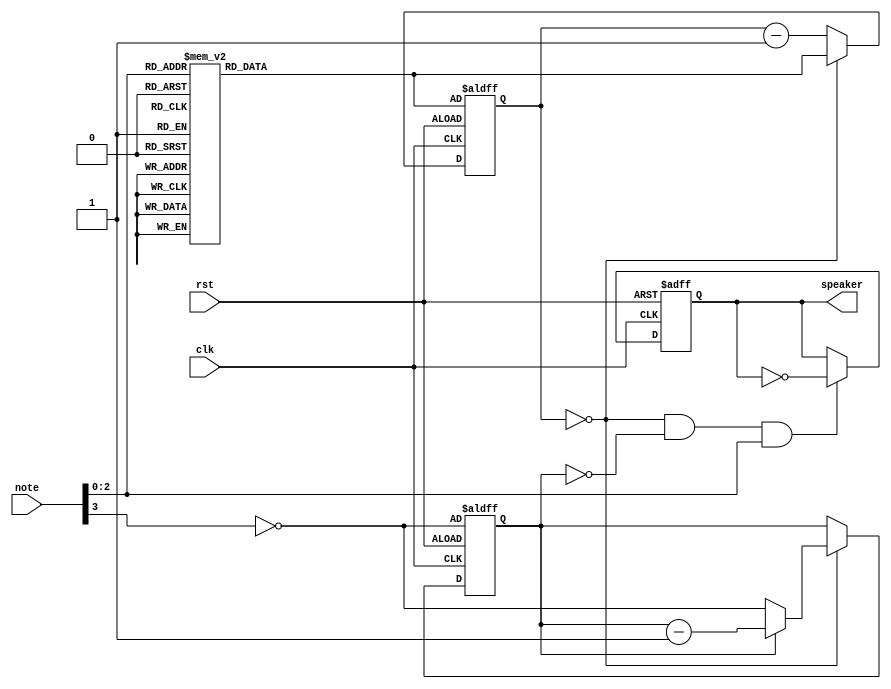
module music(
    input           clk,
                    rst,
    input   [3:0]   note,
    output  reg     speaker
);
    reg         cnt_oct;
    reg [11:0]  cnt_note,
                clkdivider;

    always @(posedge clk or posedge rst)
        if (rst) begin
            cnt_note    <= clkdivider;
            cnt_oct     <= ~note[3];
            speaker <= 1'b0;
        end else begin
            cnt_note    <= cnt_note == 10'd0    ? clkdivider    : cnt_note  - 10'd1;
            if(cnt_note == 10'd0)
                cnt_oct <= cnt_oct  == 1'd0     ? ~note[3]      : cnt_oct   - 1'd1;
            else;
            if(cnt_note == 10'd0 && cnt_oct == 1'd0 && note[2:0])
                speaker <= ~speaker;
            else;
        end

    always @(*)
        case(note[2:0])
            3'd0: clkdivider    = 10'd0;   // 0
            3'd1: clkdivider    = 10'd946; // c1
            3'd2: clkdivider    = 10'd841; // d1
            3'd3: clkdivider    = 10'd757; // e1
            3'd4: clkdivider    = 10'd709; // f1
            3'd5: clkdivider    = 10'd630; // g1
            3'd6: clkdivider    = 10'd567; // a1
            3'd7: clkdivider    = 10'd504; // b1
        endcase
endmodule // music